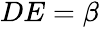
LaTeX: \begin{array}{r}{DE=\beta}\end{array}